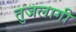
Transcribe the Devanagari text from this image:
तुजलागी